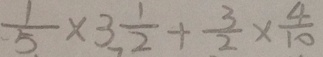
\frac { 1 } { 5 } \times 3 \frac { 1 } { 2 } + \frac { 3 } { 2 } \times \frac { 4 } { 1 0 }